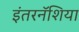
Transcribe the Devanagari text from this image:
इंतरनॅशिया